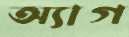
অ্যাগ